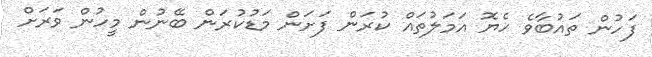
ފަހުން ތައުބާވެ ހެޔޮ އަމަލުތައް ކުރަން ފަށަން މަޑުކުރަން ބޭނުން މީހުން ވަރަށް